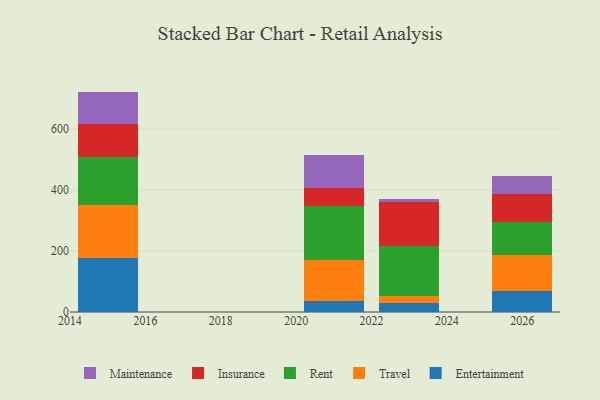
{"axis": {"x": "Year", "y": "Active Users"}, "legend": ["Entertainment", "Insurance", "Maintenance", "Rent", "Travel"], "data": [{"x": "2023", "y": 29.2, "type": "Entertainment"}, {"x": "2023", "y": 23.0, "type": "Travel"}, {"x": "2023", "y": 164.4, "type": "Rent"}, {"x": "2023", "y": 145.7, "type": "Insurance"}, {"x": "2023", "y": 7.8, "type": "Maintenance"}, {"x": "2026", "y": 69.0, "type": "Entertainment"}, {"x": "2026", "y": 116.5, "type": "Travel"}, {"x": "2026", "y": 110.9, "type": "Rent"}, {"x": "2026", "y": 90.0, "type": "Insurance"}, {"x": "2026", "y": 58.6, "type": "Maintenance"}, {"x": "2015", "y": 176.9, "type": "Entertainment"}, {"x": "2015", "y": 173.0, "type": "Travel"}, {"x": "2015", "y": 159.9, "type": "Rent"}, {"x": "2015", "y": 106.1, "type": "Insurance"}, {"x": "2015", "y": 107.0, "type": "Maintenance"}, {"x": "2021", "y": 35.6, "type": "Entertainment"}, {"x": "2021", "y": 134.5, "type": "Travel"}, {"x": "2021", "y": 176.3, "type": "Rent"}, {"x": "2021", "y": 60.7, "type": "Insurance"}, {"x": "2021", "y": 108.3, "type": "Maintenance"}]}